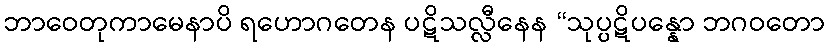
ဘာဝေတုကာမေနာပိ ရဟောဂတေန ပဋိသလ္လီနေန “သုပ္ပဋိပန္နော ဘဂဝတော